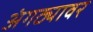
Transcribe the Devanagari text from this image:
अंगठ्यावर